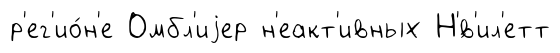
р'ег'ио́н'е Омбл'иjер н'еакт'ивных Н'́в'ил'етт